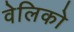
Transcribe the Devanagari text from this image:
वेलिको